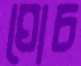
ঘোচ